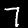
Digit: 7